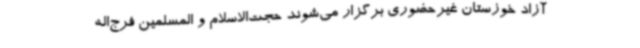
آزاد خوزستان غیرحضوری برگزار می‌شوند حجت‌الاسلام و المسلمین فرج‌اله